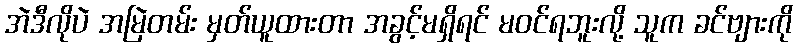
အဲဒီလိုပဲ အမြဲတမ်း မှတ်ယူထားတာ အခွင့်မရှိရင် မဝင်ရဘူးလို့ သူက ခင်ဗျားကို